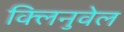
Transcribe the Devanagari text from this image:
क्लिनुवेल